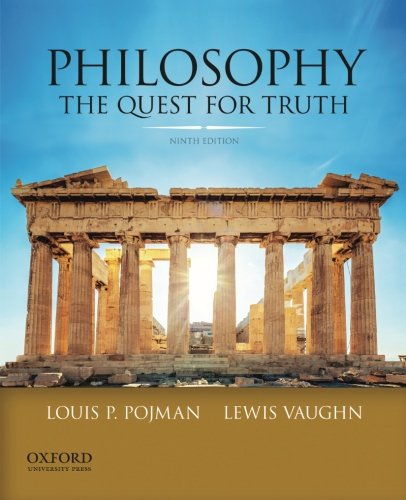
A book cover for Philosophy: The Quest For Truth; Louis P. Pojman; Politics & Social Sciences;